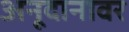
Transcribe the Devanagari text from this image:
अनूदानावर